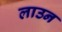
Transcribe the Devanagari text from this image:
लाउन